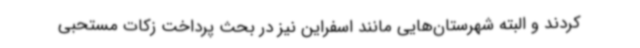
کردند و البته شهرستان‌هایی مانند اسفراین نیز در بحث پرداخت زکات مستحبی